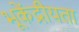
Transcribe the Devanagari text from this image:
भूकेंद्रीयता